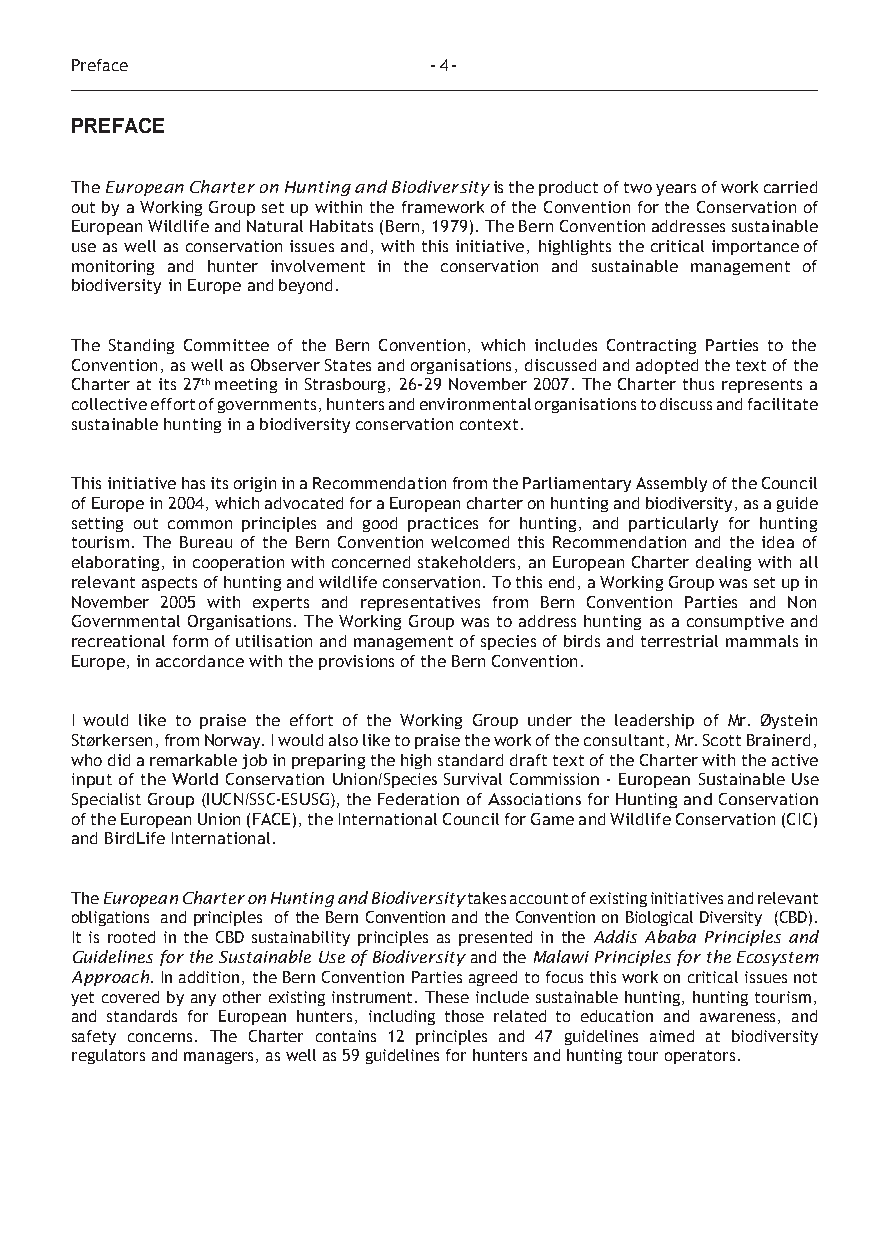
Preface                - 4-
 PREFACE
 The European Charter on Hunting and Biodiversity is the product of two years of work carried
 out by a Working Group set up within the framework of the Convention for the Conservation of
 European Wildlife and Natural Habitats (Bern, 1979). The Bern Convention addresses sustainable
 use as well as conservation issues and, with this initiative, highlights the critical importance of
 monitoring and hunter involvement in the conservation and sustainable management of
 biodiversity in Europe and beyond.
 The Standing Committee of the Bern Convention, which includes Contracting Parties to the
 Convention, as well as Observer States and organisations, discussed and adopted the text of the
 Charter at its 27th meeting in Strasbourg, 26-29 November 2007. The Charter thus represents a
 collective effort of governments, hunters and environmental organisations to discuss and facilitate
 sustainable hunting in a biodiversity conservation context.
 This initiative has its origin in a Recommendation from the Parliamentary Assembly of the Council
 of Europe in 2004, which advocated for a European charter on hunting and biodiversity, as a guide
 setting out common principles and good practices for hunting, and particularly for hunting
 tourism. The Bureau of the Bern Convention welcomed this Recommendation and the idea of
 elaborating, in cooperation with concerned stakeholders, an European Charter dealing with all
 relevant aspects of hunting and wildlife conservation. To this end, a Working Group was set up in
 November 2005 with experts and representatives from Bern Convention Parties and Non
 Governmental Organisations. The Working Group was to address hunting as a consumptive and
 recreational form of utilisation and management of species of birds and terrestrial mammals in
 Europe, in accordance with the provisions of the Bern Convention.
 I would like to praise the effort of the Working Group under the leadership of Mr. Øystein
 Størkersen, from Norway. I would also like to praise the work of the consultant, Mr. Scott Brainerd,
 who did a remarkable job in preparing the high standard draft text of the Charter with the active
 input of the World Conservation Union/Species Survival Commission - European Sustainable Use
 Specialist Group (IUCN/SSC-ESUSG), the Federation of Associations for Hunting and Conservation
 of the European Union (FACE), the International Council for Game and Wildlife Conservation (CIC)
 and BirdLife International.
 The European Charter on Hunting and Biodiversity takes account of existing initiatives and relevant
 obligations and principles of the Bern Convention and the Convention on Biological Diversity (CBD).
 It is rooted in the CBD sustainability principles as presented in the Addis Ababa Principles and
 Guidelines for the Sustainable Use of Biodiversity and the Malawi Principles for the Ecosystem
 Approach. In addition, the Bern Convention Parties agreed to focus this work on critical issues not
 yet covered by any other existing instrument. These include sustainable hunting, hunting tourism,
 and standards for European hunters, including those related to education and awareness, and
 safety concerns. The Charter contains 12 principles and 47 guidelines aimed at biodiversity
 regulators and managers, as well as 59 guidelines for hunters and hunting tour operators.